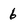
Character: 6